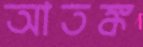
আতঙ্ক